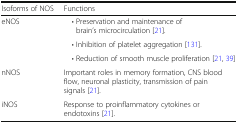
<table><thead><tr><td><b>Isoforms of NOS</b></td><td><b>Functions</b></td></tr></thead><tbody><tr><td rowspan="3">eNOS</td><td> • Preservation and maintenance of brain’s microcirculation [21].</td></tr><tr><td> • Inhibition of platelet aggregation [131].</td></tr><tr><td> • Reduction of smooth muscle proliferation [21, 39]</td></tr><tr><td>nNOS</td><td>Important roles in memory formation, CNS blood flow, neuronal plasticity, transmission of pain signals [21].</td></tr><tr><td>iNOS</td><td>Response to proinflammatory cytokines or endotoxins [21].</td></tr></tbody></table>